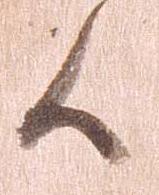
候